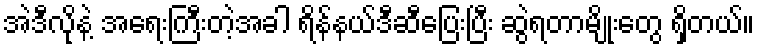
အဲဒီလိုနဲ့ အရေးကြီးတဲ့အခါ ရိန်နယ်ဒီဆီပြေးပြီး ဆွဲရတာမျိုးတွေ ရှိတယ်။